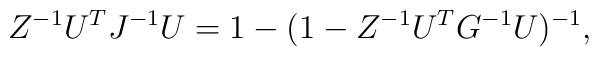
Z^{-1}U^TJ^{-1}U=1-(1- Z^{-1}U^TG^{-1}U)^{-1},